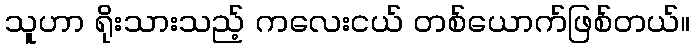
သူဟာ ရိုးသားသည့် ကလေးငယ် တစ်ယောက်ဖြစ်တယ်။